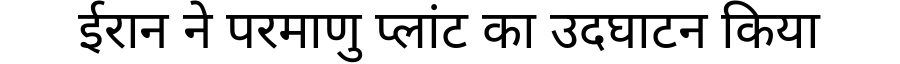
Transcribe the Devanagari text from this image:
ईरान ने परमाणु प्लांट का उदघाटन किया